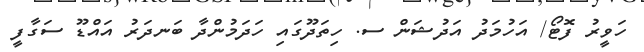
ހަވީރު ފޮޓޯ/ އަހުމަދު އަދުޝަން ސ. ހިތަދޫގައި ހަދަމުންދާ ބަނދަރު އައްޑޫ ސަގާފީ